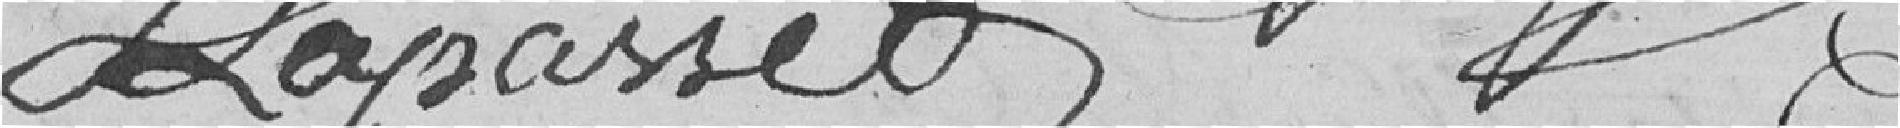
Lapasset